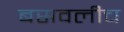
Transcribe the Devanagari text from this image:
बसवलीच